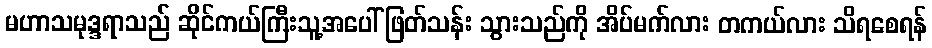
မဟာသမုဒ္ဒရာသည် ဆိုင်ကယ်ကြီးသူ့အပေါ်ဖြတ်သန်း သွားသည်ကို အိပ်မက်လား တကယ်လား သိရစေရန်